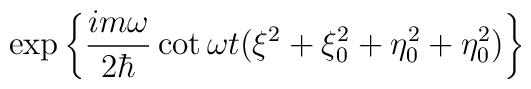
\exp \left\{\frac{im\omega}{2\hbar}  \cot \omega t \bigl(\xi ^2 + \xi_0^2 + \eta ^2_0 + \eta ^2_0\bigr)\right\}